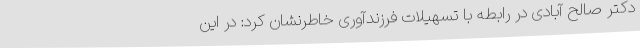
دکتر صالح آبادی در رابطه با تسهیلات فرزندآوری خاطرنشان کرد: در این